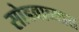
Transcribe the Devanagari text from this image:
सोडवाव्यात